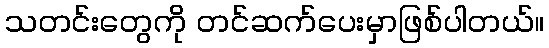
သတင်းတွေကို တင်ဆက်ပေးမှာဖြစ်ပါတယ်။